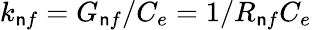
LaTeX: k_{\mathsf{n}f}=G_{\mathsf{n}f}/C_{e}=1/R_{\mathsf{n}f}C_{e}